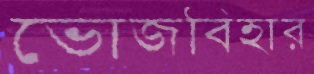
ভোজবিহার